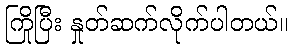
ကြိုပြီး နှုတ်ဆက်လိုက်ပါတယ်။